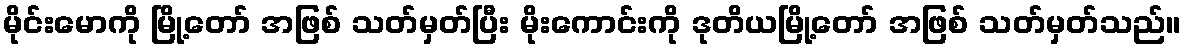
မိုင်းမောကို မြို့တော် အဖြစ် သတ်မှတ်ပြီး မိုးကောင်းကို ဒုတိယမြို့တော် အဖြစ် သတ်မှတ်သည်။